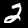
Digit: 2